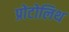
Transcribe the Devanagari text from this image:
प्रोटोलिथ